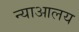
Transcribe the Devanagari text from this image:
न्याआलय